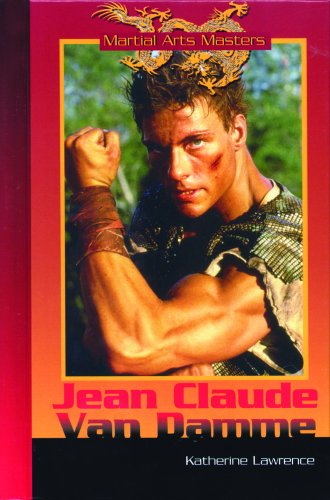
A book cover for Jean-Claude Van Damme (Martial Arts Masters); Katherine Lawrence; Teen & Young Adult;